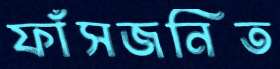
ফাঁসজনিত